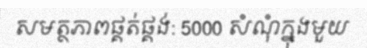
សមត្ថភាពផ្គត់ផ្គង់: 5000 សំណុំក្នុងមួយ